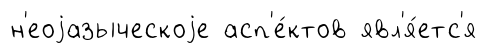
н'еоjазыческоjе асп'е́ктов явл'я́етс'я